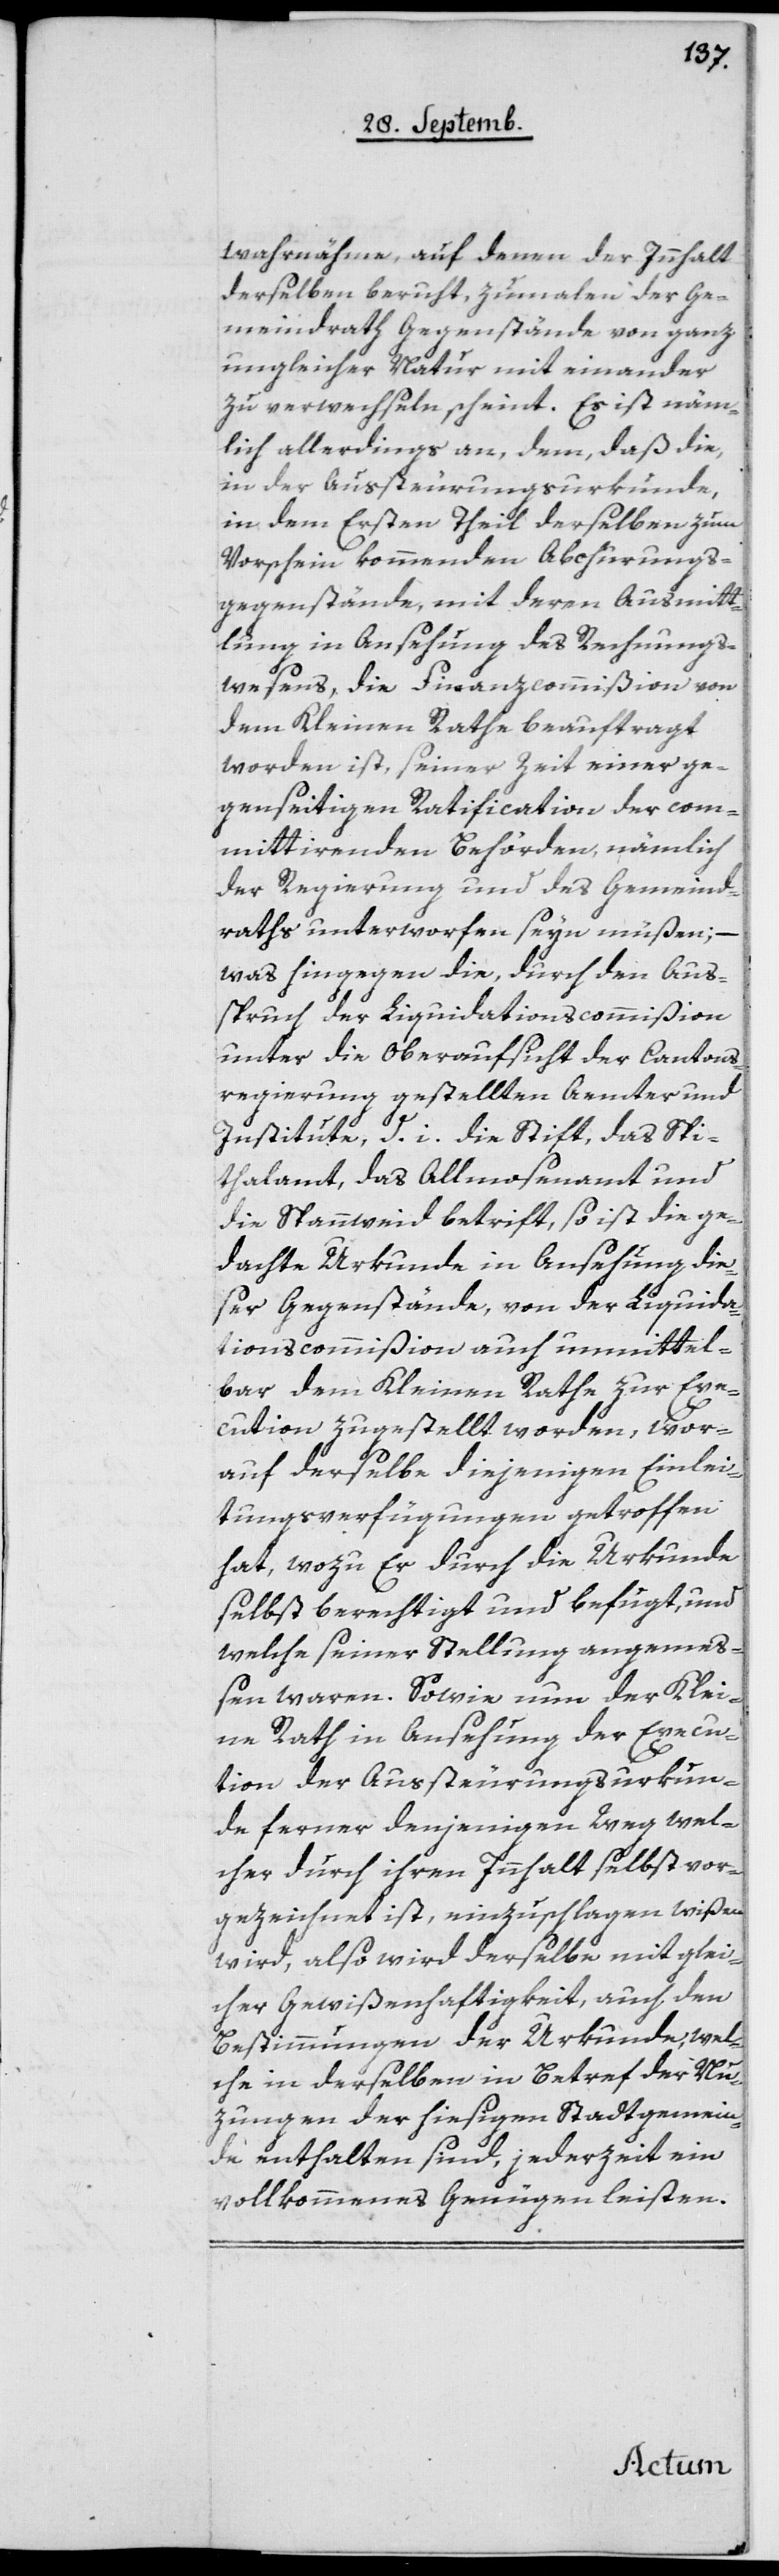
wahrnähme, auf denen der Innhalt
derselben beruht, zumalen der Ge¬
meindrath Gegenstände von ganz
ungleicher Natur mit einander
zu verwechseln scheint. Es ist näm¬
lich allerdings an dem, daß die,
in der Aussteurungsurkunde,
in dem Ersten Theil derselben zum
Vorschein kommenden Abchurungs¬
gegenstände mit deren Ausmitt¬
lung in Ansehung des Rechnungs¬
wesens, die Finanzcommißion von
dem Kleinen Rathe beauftragt
worden ist, seiner Zeit einer ge¬
genseitigen Ratification der com¬
mittirenden Behörden, nämlich
der Regierung und des Gemeind¬
raths unterworfen sein müßen; –
was hingegen die, durch den Aus¬
spruch der Liquidationscommißion
unter die Oberaufsicht der Cantons¬
regierung gestellten Ämter und
Institute, d. i. die Stift, das Spi¬
talamt, das Allmosenamt und
die Spannweid betrifft, so ist die ge¬
dachte Urkunde in Ansehung die¬
ser Gegenstände, von der Liquida¬
tionscommißion auch unmittel¬
bar dem Kleinen Rathe zur Exe¬
cution zugestellt worden, wor¬
auf derselbe diejenigen Einlei¬
tungsverfügungen getroffen
hat, wozu Er durch die Urkunde
selbst berechtigt und befugt, und
welche seiner Stellung angemeß¬
en waren. Sowie nun der Klei¬
ne Rath in Ansehung der Execu¬
tion der Aussteurungsurkun¬
de, ferner denjenigen Weg, wel¬
cher durch ihren Innhalt selbst vor¬
gezeichnet ist, einzuschlagen wißen
wird, also wird derselbe mit glei¬
cher Gewißenhaftigkeit, auch den
Bestimmungen der Urkunde, wel¬
che in derselben in Betreff der Nut¬
zungen der hiesigen Stadtgemein¬
de enthalten sind, jederzeit ein
vollkommenes Genügen leisten.